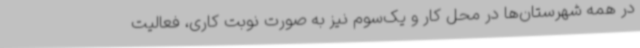
در همه شهرستان‌ها در محل کار و یک‌سوم نیز به صورت نوبت کاری، فعالیت